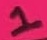
Text: 1